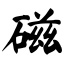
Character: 磁